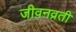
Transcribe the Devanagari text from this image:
जीवनव्रती